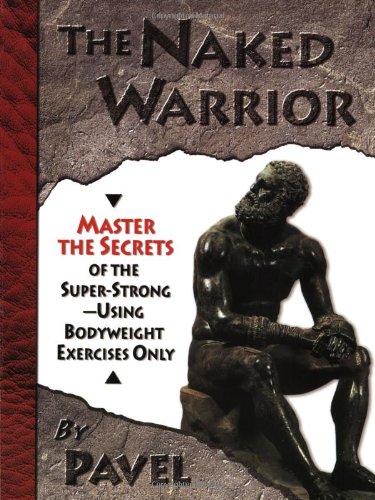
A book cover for The Naked Warrior; Pavel Tsatsouline; Health, Fitness & Dieting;